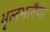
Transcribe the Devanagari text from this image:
भूलभलैया